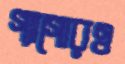
গ্যাগোরও